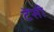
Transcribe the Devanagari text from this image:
टेंसी